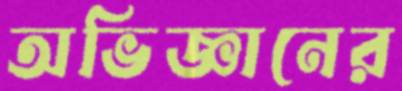
অভিজ্ঞানের